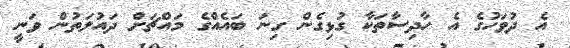
އެ ދުވަހުގެ އެ ހާދިސާތަކާ ގުޅިގެން ގިނަ ބައެއްގެ މައްޗަށް ދައުލަތުން ވަނީ